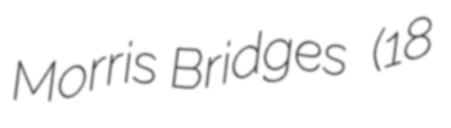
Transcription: Morris Bridges  (18